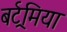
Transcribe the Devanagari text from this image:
बर्ट्रमिया